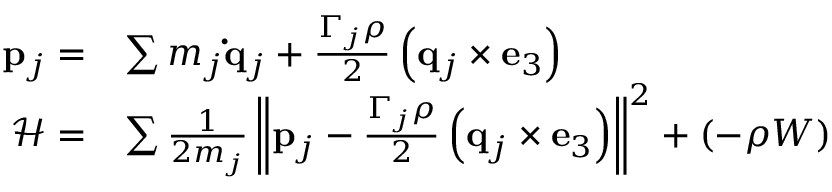
\begin{array} { r l } { \mathbf { p } _ { j } = } & { \sum m _ { j } \mathbf { \dot { q } } _ { j } + \frac { \Gamma _ { j } \rho } { 2 } \left( \mathbf { q } _ { j } \times \mathbf { e } _ { 3 } \right) } \\ { \mathcal { H } = } & { \sum \frac { 1 } { 2 m _ { j } } \left\| \mathbf { p } _ { j } - \frac { \Gamma _ { j } \rho } { 2 } \left( \mathbf { q } _ { j } \times \mathbf { e } _ { 3 } \right) \right\| ^ { 2 } + ( - \rho W ) } \end{array}